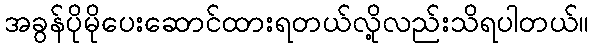
အခွန်ပိုမိုပေးဆောင်ထားရတယ်လို့လည်းသိရပါတယ်။